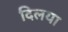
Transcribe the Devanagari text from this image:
दिलया